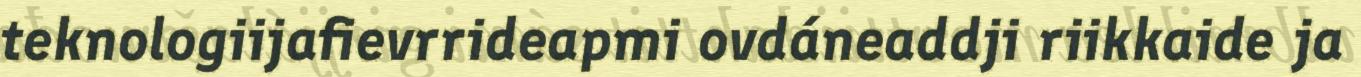
teknologiijafievrrideapmi ovdáneaddji riikkaide ja